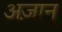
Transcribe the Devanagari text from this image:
अज़ान्